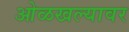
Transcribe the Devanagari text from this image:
ओळखल्यावर